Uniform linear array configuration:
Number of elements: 48
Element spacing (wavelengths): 0.25
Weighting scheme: binomial
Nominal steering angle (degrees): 30
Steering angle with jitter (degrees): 28.774
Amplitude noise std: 0.05
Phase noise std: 0.05

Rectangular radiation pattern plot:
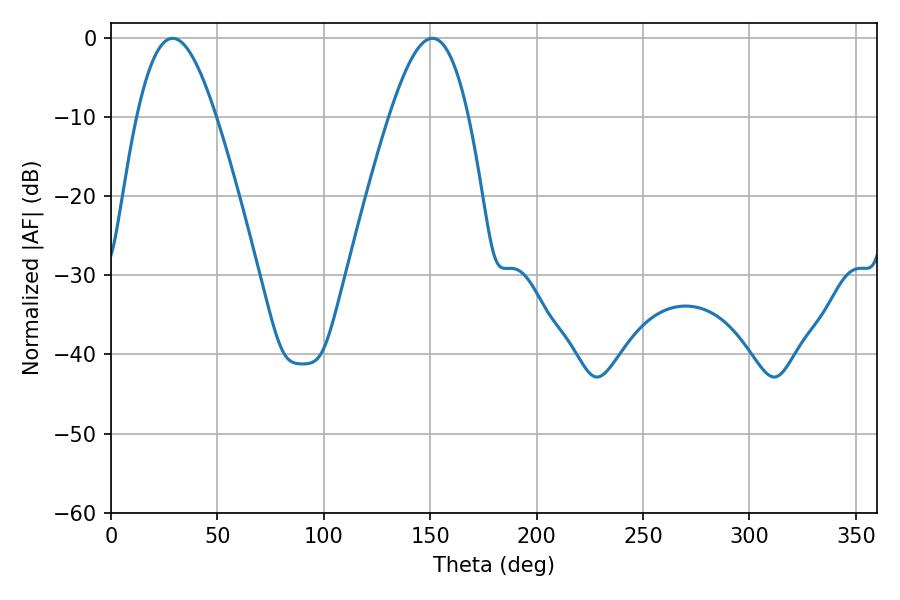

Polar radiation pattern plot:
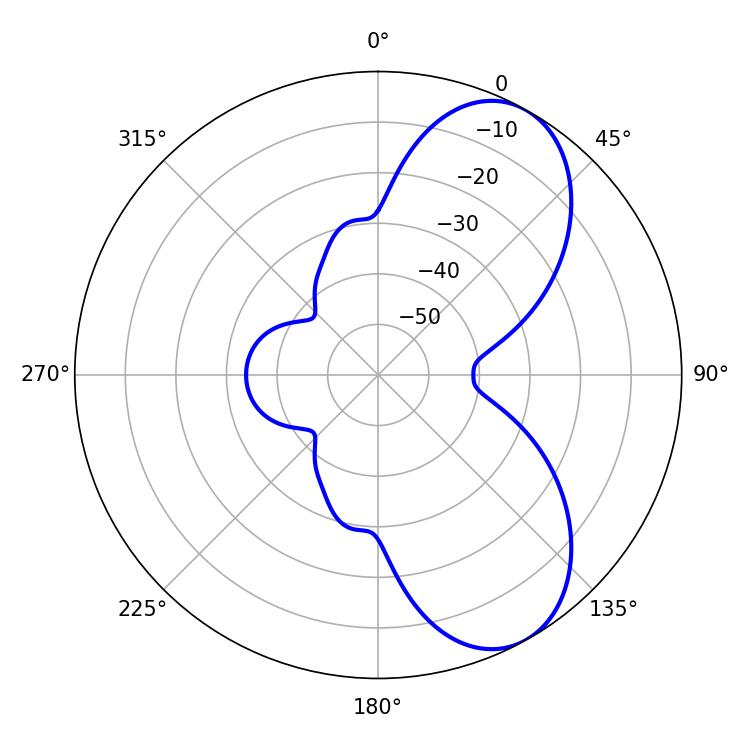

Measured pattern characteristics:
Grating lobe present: FALSE
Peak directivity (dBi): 7.243
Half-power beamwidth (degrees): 20.16
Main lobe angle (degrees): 28.98